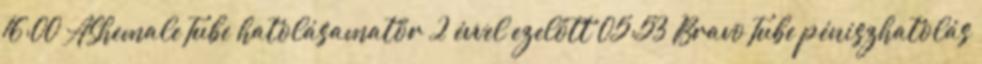
16:00 AShemaleTube hatolásamatőr 2 évvel ezelőtt 05:53 BravoTube péniszhatolás